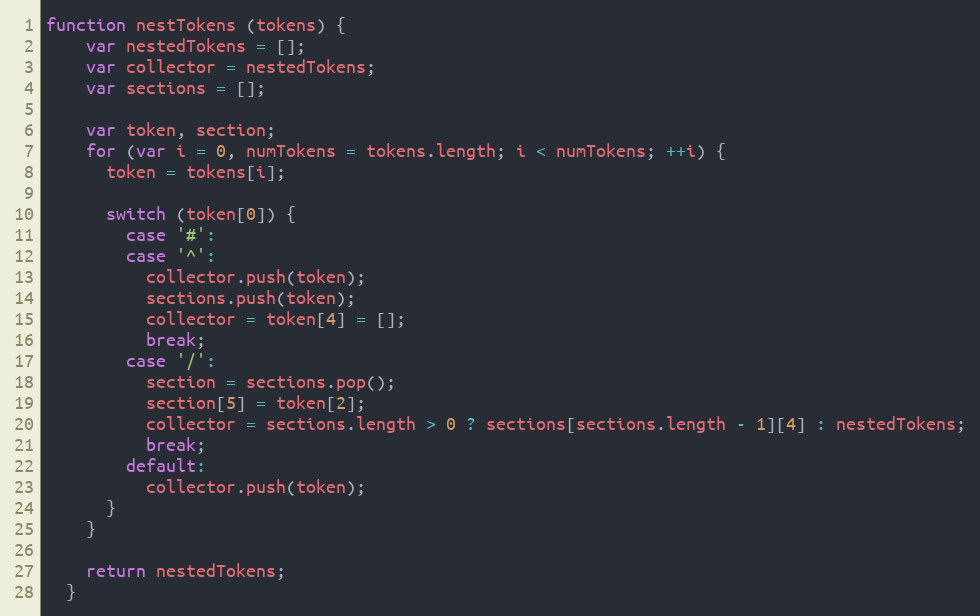
Language: JavaScript
function nestTokens (tokens) {
    var nestedTokens = [];
    var collector = nestedTokens;
    var sections = [];

    var token, section;
    for (var i = 0, numTokens = tokens.length; i < numTokens; ++i) {
      token = tokens[i];

      switch (token[0]) {
        case '#':
        case '^':
          collector.push(token);
          sections.push(token);
          collector = token[4] = [];
          break;
        case '/':
          section = sections.pop();
          section[5] = token[2];
          collector = sections.length > 0 ? sections[sections.length - 1][4] : nestedTokens;
          break;
        default:
          collector.push(token);
      }
    }

    return nestedTokens;
  }